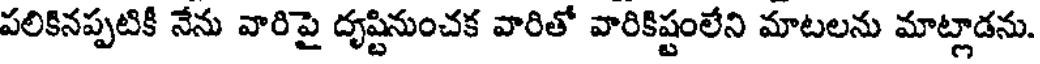
పలికినప్పటికీ నేను వారిపై దృష్టినుంచక వారితో వారికిష్టంలేని మాటలను మాట్లాడను.